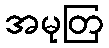
အမုတြ